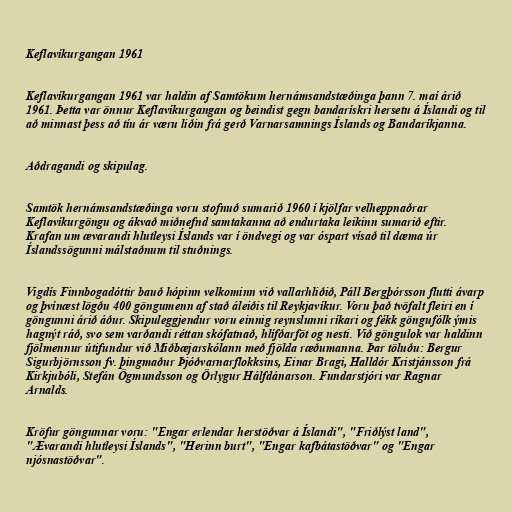
Keflavíkurgangan 1961

Keflavíkurgangan 1961 var haldin af Samtökum hernámsandstæðinga þann 7. maí árið
1961. Þetta var önnur Keflavíkurgangan og beindist gegn bandarískri hersetu á Íslandi og til
að minnast þess að tíu ár væru liðin frá gerð Varnarsamnings Íslands og Bandaríkjanna.

Aðdragandi og skipulag.

Samtök hernámsandstæðinga voru stofnuð sumarið 1960 í kjölfar velheppnaðrar
Keflavíkurgöngu og ákvað miðnefnd samtakanna að endurtaka leikinn sumarið eftir.
Krafan um ævarandi hlutleysi Íslands var í öndvegi og var óspart vísað til dæma úr
Íslandssögunni málstaðnum til stuðnings.

Vigdís Finnbogadóttir bauð hópinn velkominn við vallarhliðið, Páll Bergþórsson flutti ávarp
og þvínæst lögðu 400 göngumenn af stað áleiðis til Reykjavíkur. Voru það tvöfalt fleiri en í
göngunni árið áður. Skipuleggjendur voru einnig reynslunni ríkari og fékk göngufólk ýmis
hagnýt ráð, svo sem varðandi réttan skófatnað, hlífðarföt og nesti. Við göngulok var haldinn
fjölmennur útifundur við Miðbæjarskólann með fjölda ræðumanna. Þar töluðu: Bergur
Sigurbjörnsson fv. þingmaður Þjóðvarnarflokksins, Einar Bragi, Halldór Kristjánsson frá
Kirkjubóli, Stefán Ögmundsson og Örlygur Hálfdánarson. Fundarstjóri var Ragnar
Arnalds.

Kröfur göngunnar voru: "Engar erlendar herstöðvar á Íslandi", "Friðlýst land",
"Ævarandi hlutleysi Íslands", "Herinn burt", "Engar kafbátastöðvar" og "Engar
njósnastöðvar".